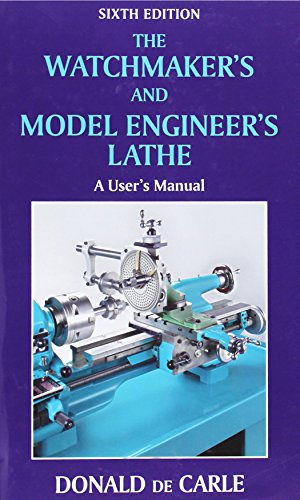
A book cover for The Watchmaker's and Model Engineer's Lathe: A User's Manual; Donald de Carle; Crafts, Hobbies & Home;